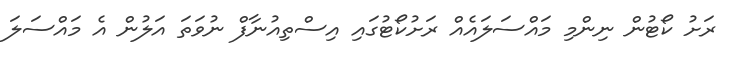
ރަށު ކޯޓުން ނިންމި މައްސަލައެއް ރަށުކޯޓުގައި އިސްތިއުނާފް ނުވަތަ އަލުން އެ މައްސަލަ